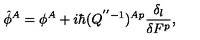
\hat { \phi } ^ { A } = \phi ^ { A } + i \hbar ( Q ^ { ' ^ { \prime } - 1 } ) ^ { A p } \frac { \delta _ { l } } { \delta F ^ { p } } ,